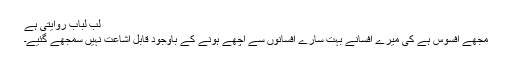
لب لباب روایتی ہے
مجھے افسوس ہے کی میرے افسانے بہت سارے افسانوں سے اچھے ہونے کے باوجود قابل اشاعت نہیں سمجھے گئیے۔